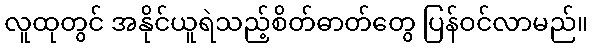
လူထုတွင် အနိုင်ယူရဲသည့်စိတ်ဓာတ်တွေ ပြန်ဝင်လာမည်။